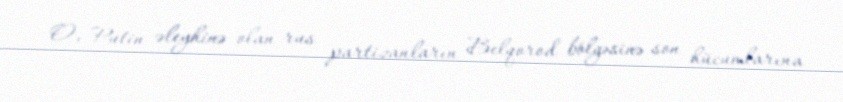
O, Putin əleyhinə olan rus partizanların Belqorod bölgəsinə son hücumlarına